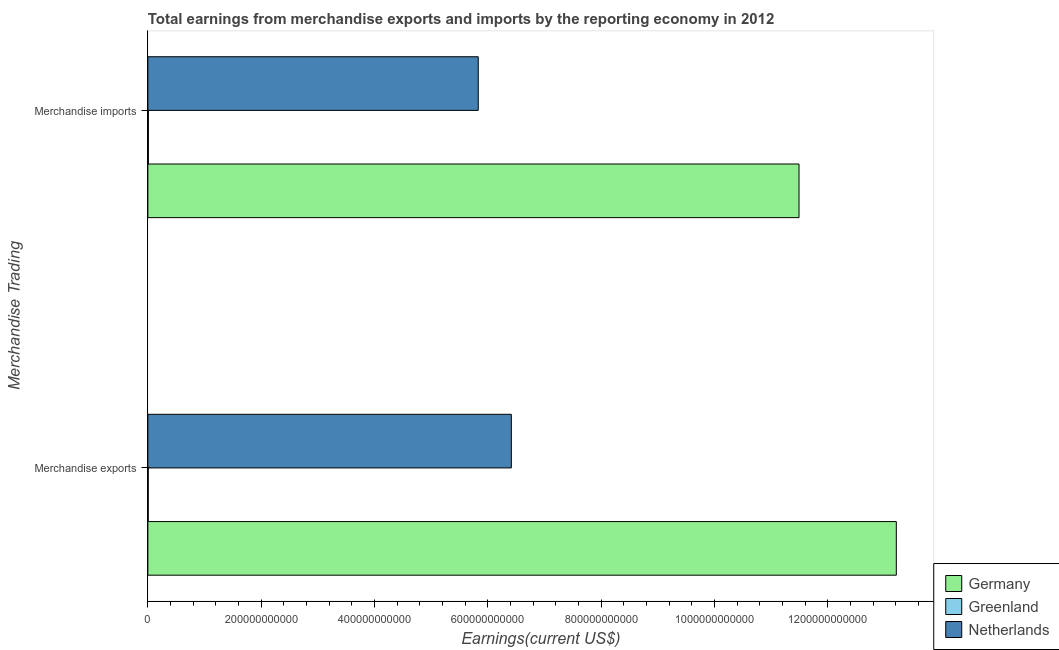
| Merchandise Trading | Germany | Greenland | Netherlands |
 | --- | --- | --- | --- |
 | Merchandise exports | 1.32e+12 | 6.57e+08 | 6.41e+11 |
 | Merchandise imports | 1.15e+12 | 9.24e+08 | 5.83e+11 |